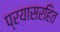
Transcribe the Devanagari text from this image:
प्रयासरहित